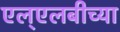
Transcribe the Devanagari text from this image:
एल्‌एलबीच्या